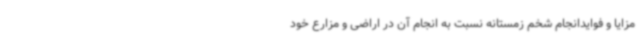
مزایا و فوایدانجام شخم زمستانه نسبت به انجام آن در اراضی و مزارع خود